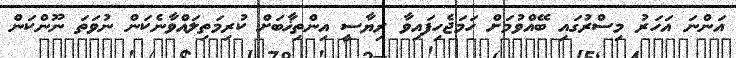
އަންނަ އަހަރު މިސްރުގައި ބޭއްވުމަށް ހަމަޖެހިފައިވާ ރިޔާސީ އިންތިޚާބަށް ކުރިމަތިލައްވާނެކަން ނުވަތަ ނޫންކަން